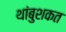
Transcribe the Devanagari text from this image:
थांबुशकत